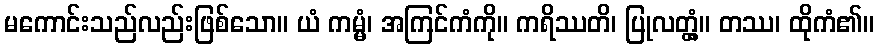
မကောင်းသည်လည်းဖြစ်သော။ ယံ ကမ္မံ၊ အကြင်ကံကို။ ကရိဿတိ၊ ပြုလတ္တံ့။ တဿ၊ ထိုကံ၏။